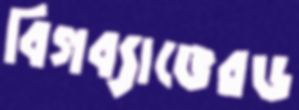
বিগব্যাঙেরড